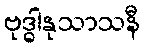
ဗုဒ္ဓါနုသာသနီ